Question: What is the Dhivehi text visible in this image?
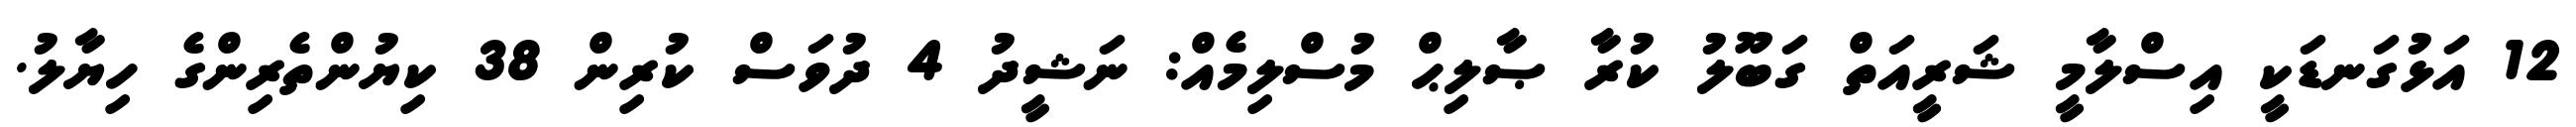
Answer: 12 އަޅުގަނޑަކީ އިސްލާމީ ޝަރީއަތް ގަބޫލު ކުރާ ޞާލިޙް މުސްލިމެއް: ނަޝީދު 4 ދުވަސް ކުރިން 38 ކިޔުންތެރިންގެ ހިޔާލު.